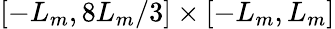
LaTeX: [-L_{m},8L_{m}/3]\times[-L_{m},L_{m}]